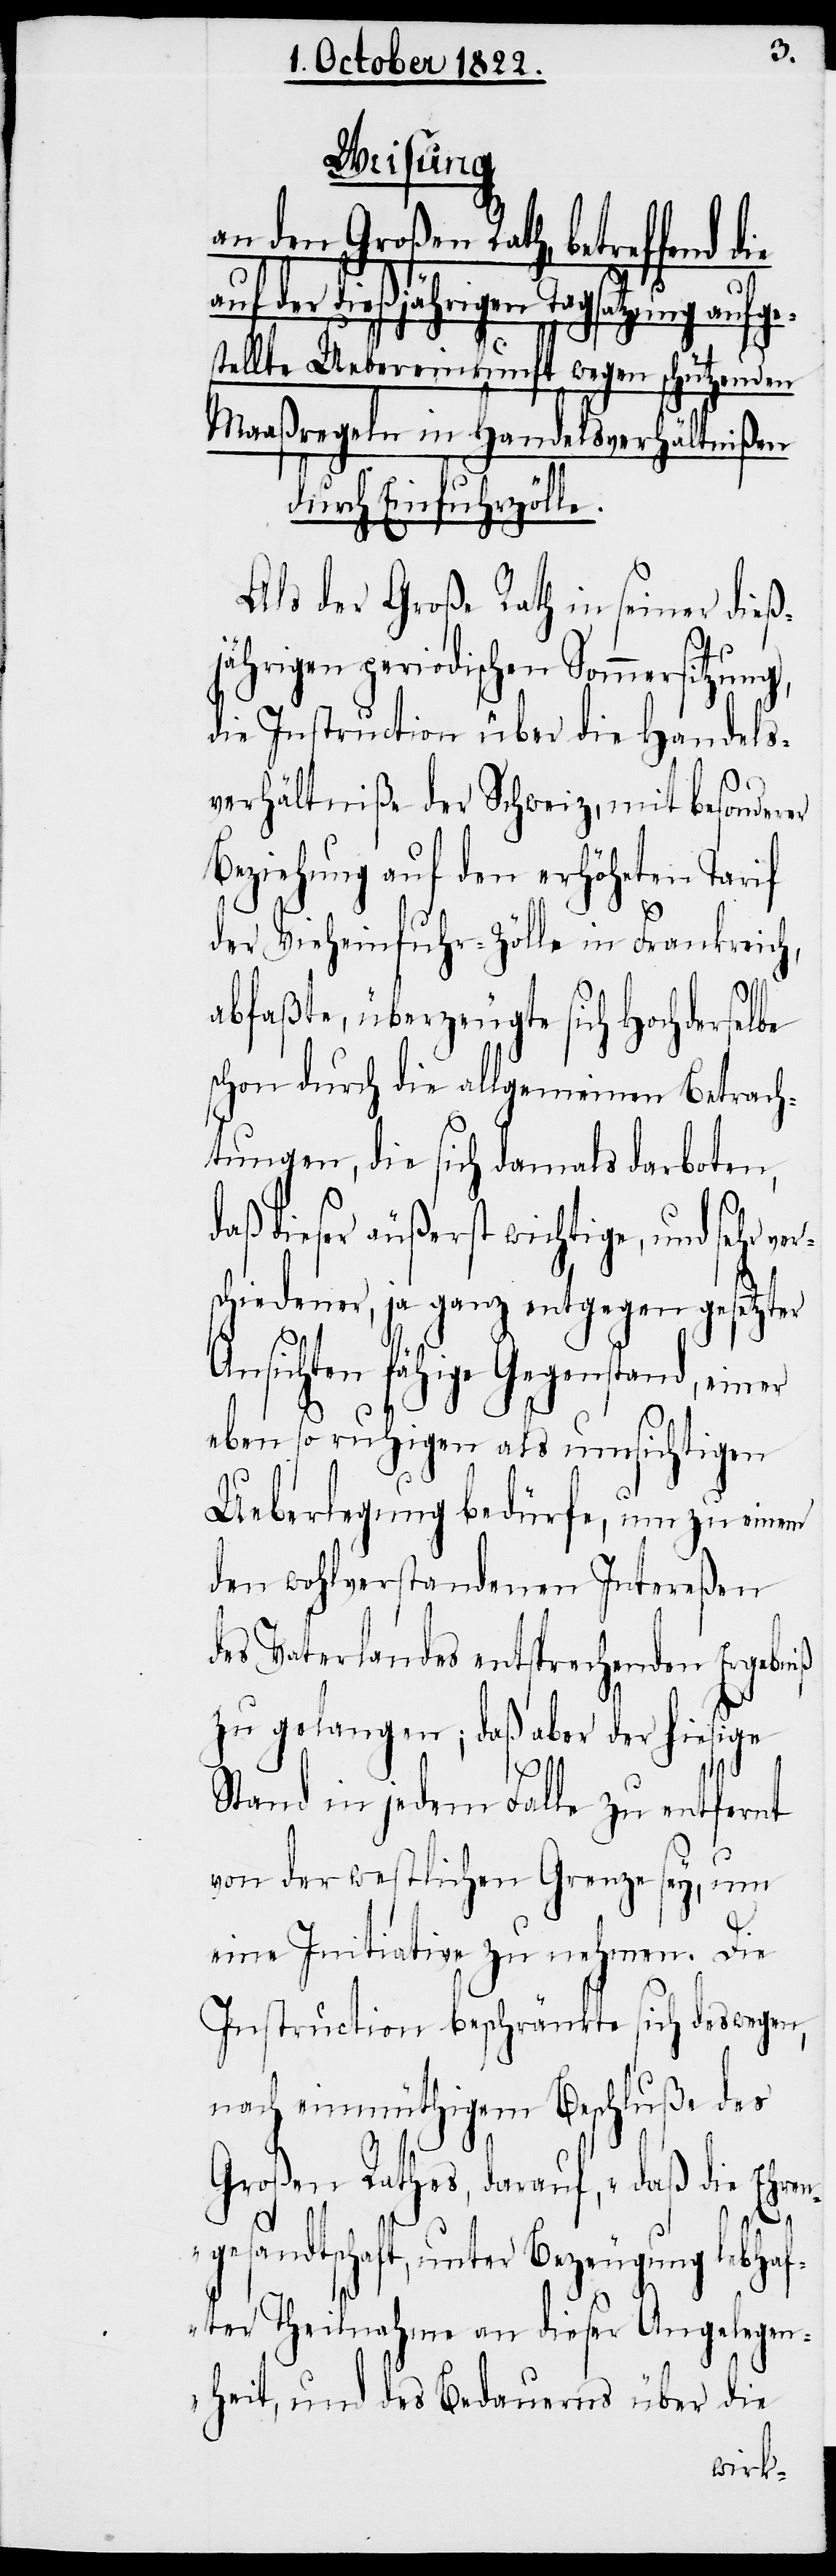
Weisung
an den Großen Rath, betreffend
dießjährigen Tagsatzung aufg¬
stellte Uebereinkunft wegen schützenden
Maaßregeln in Handelsverhältnißen
durch Einfuhrzölle.
Als der Große Rath in seiner dieß¬
jährigen periodischen Sommersitzung,
die Instruction über die Handels¬
verhältniße der Schweiz, mit besonderer
Beziehung auf den erhöheten Tarif
der Vieheinfuhr-Zölle in Frankreic¬
abfaßte, überzeugte sich Hochderselbe
schon durch die allgemeinen Betrach¬
tungen, die sich damals darboten,
daß dieser äußerst wichtige, und sehr ve¬
chiedener, ja ganz entgegen gesetzter
Ansichten fähige Gegenstand, ein¬
eben so ruhigen als umsichtigen
Ueberlegung bedürfe, um zu einem
den wohlverstandenen Intereßen
des Vaterlandes entsprechenden Ergebniß
zu gelangen; daß aber der hiesige
Stand in jedem Falle zu entfernt
von der westlichen Grenze sey, um
eine Initiative zu nehmen. Die
Instruction beschränkte sich deswegen,
nach einmüthigem Beschluße des
Großen Rathes, darauf, „daß die Ehren¬
er
gesandtschaft, unter Bezeugung lebhaf¬
ter Theilnahme an dieser Angelegen¬
heit, und des Bedauerns über die